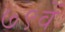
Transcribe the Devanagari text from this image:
७९वें